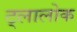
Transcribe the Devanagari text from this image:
ट्लालोक